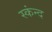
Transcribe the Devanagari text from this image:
स्कंन्द